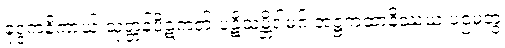
ခုဒ္ဒကနိကာယ် သုတ္တန်ပိဋကတ် ပဋိသမ္ဘိဒါမဂ် အဋ္ဌကထာနိဿယ ပဌမတွဲ